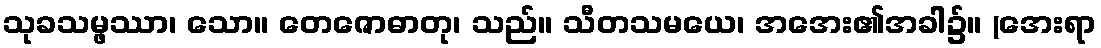
သုခသမ္ဖဿာ၊ သော။ တေဇောဓာတု၊ သည်။ သီတသမယေ၊ အအေး၏အခါ၌။ (အေးရာ